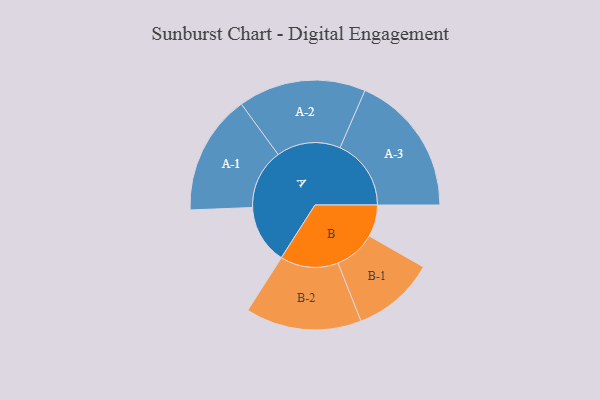
{"axis": {"x": "Segment", "y": "Value"}, "legend": ["", "A", "B"], "data": [{"x": "A", "y": 230, "type": ""}, {"x": "B", "y": 124, "type": ""}, {"x": "A-1", "y": 234, "type": "A"}, {"x": "A-2", "y": 249, "type": "A"}, {"x": "A-3", "y": 277, "type": "A"}, {"x": "B-1", "y": 161, "type": "B"}, {"x": "B-2", "y": 226, "type": "B"}]}